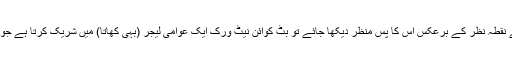
لیکن استعمال کنندہ کے نقطۂ نظر کے برعکس اس کا پس منظر دیکھا جائے تو بِٹ کوائن نیٹ ورک ایک عوامی لیجر (بہی کھاتا) میں شریک کرتا ہے جو ’’بِٹ چین‘‘ کہلاتا ہے۔